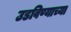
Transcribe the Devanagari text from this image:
उडविण्याच्या